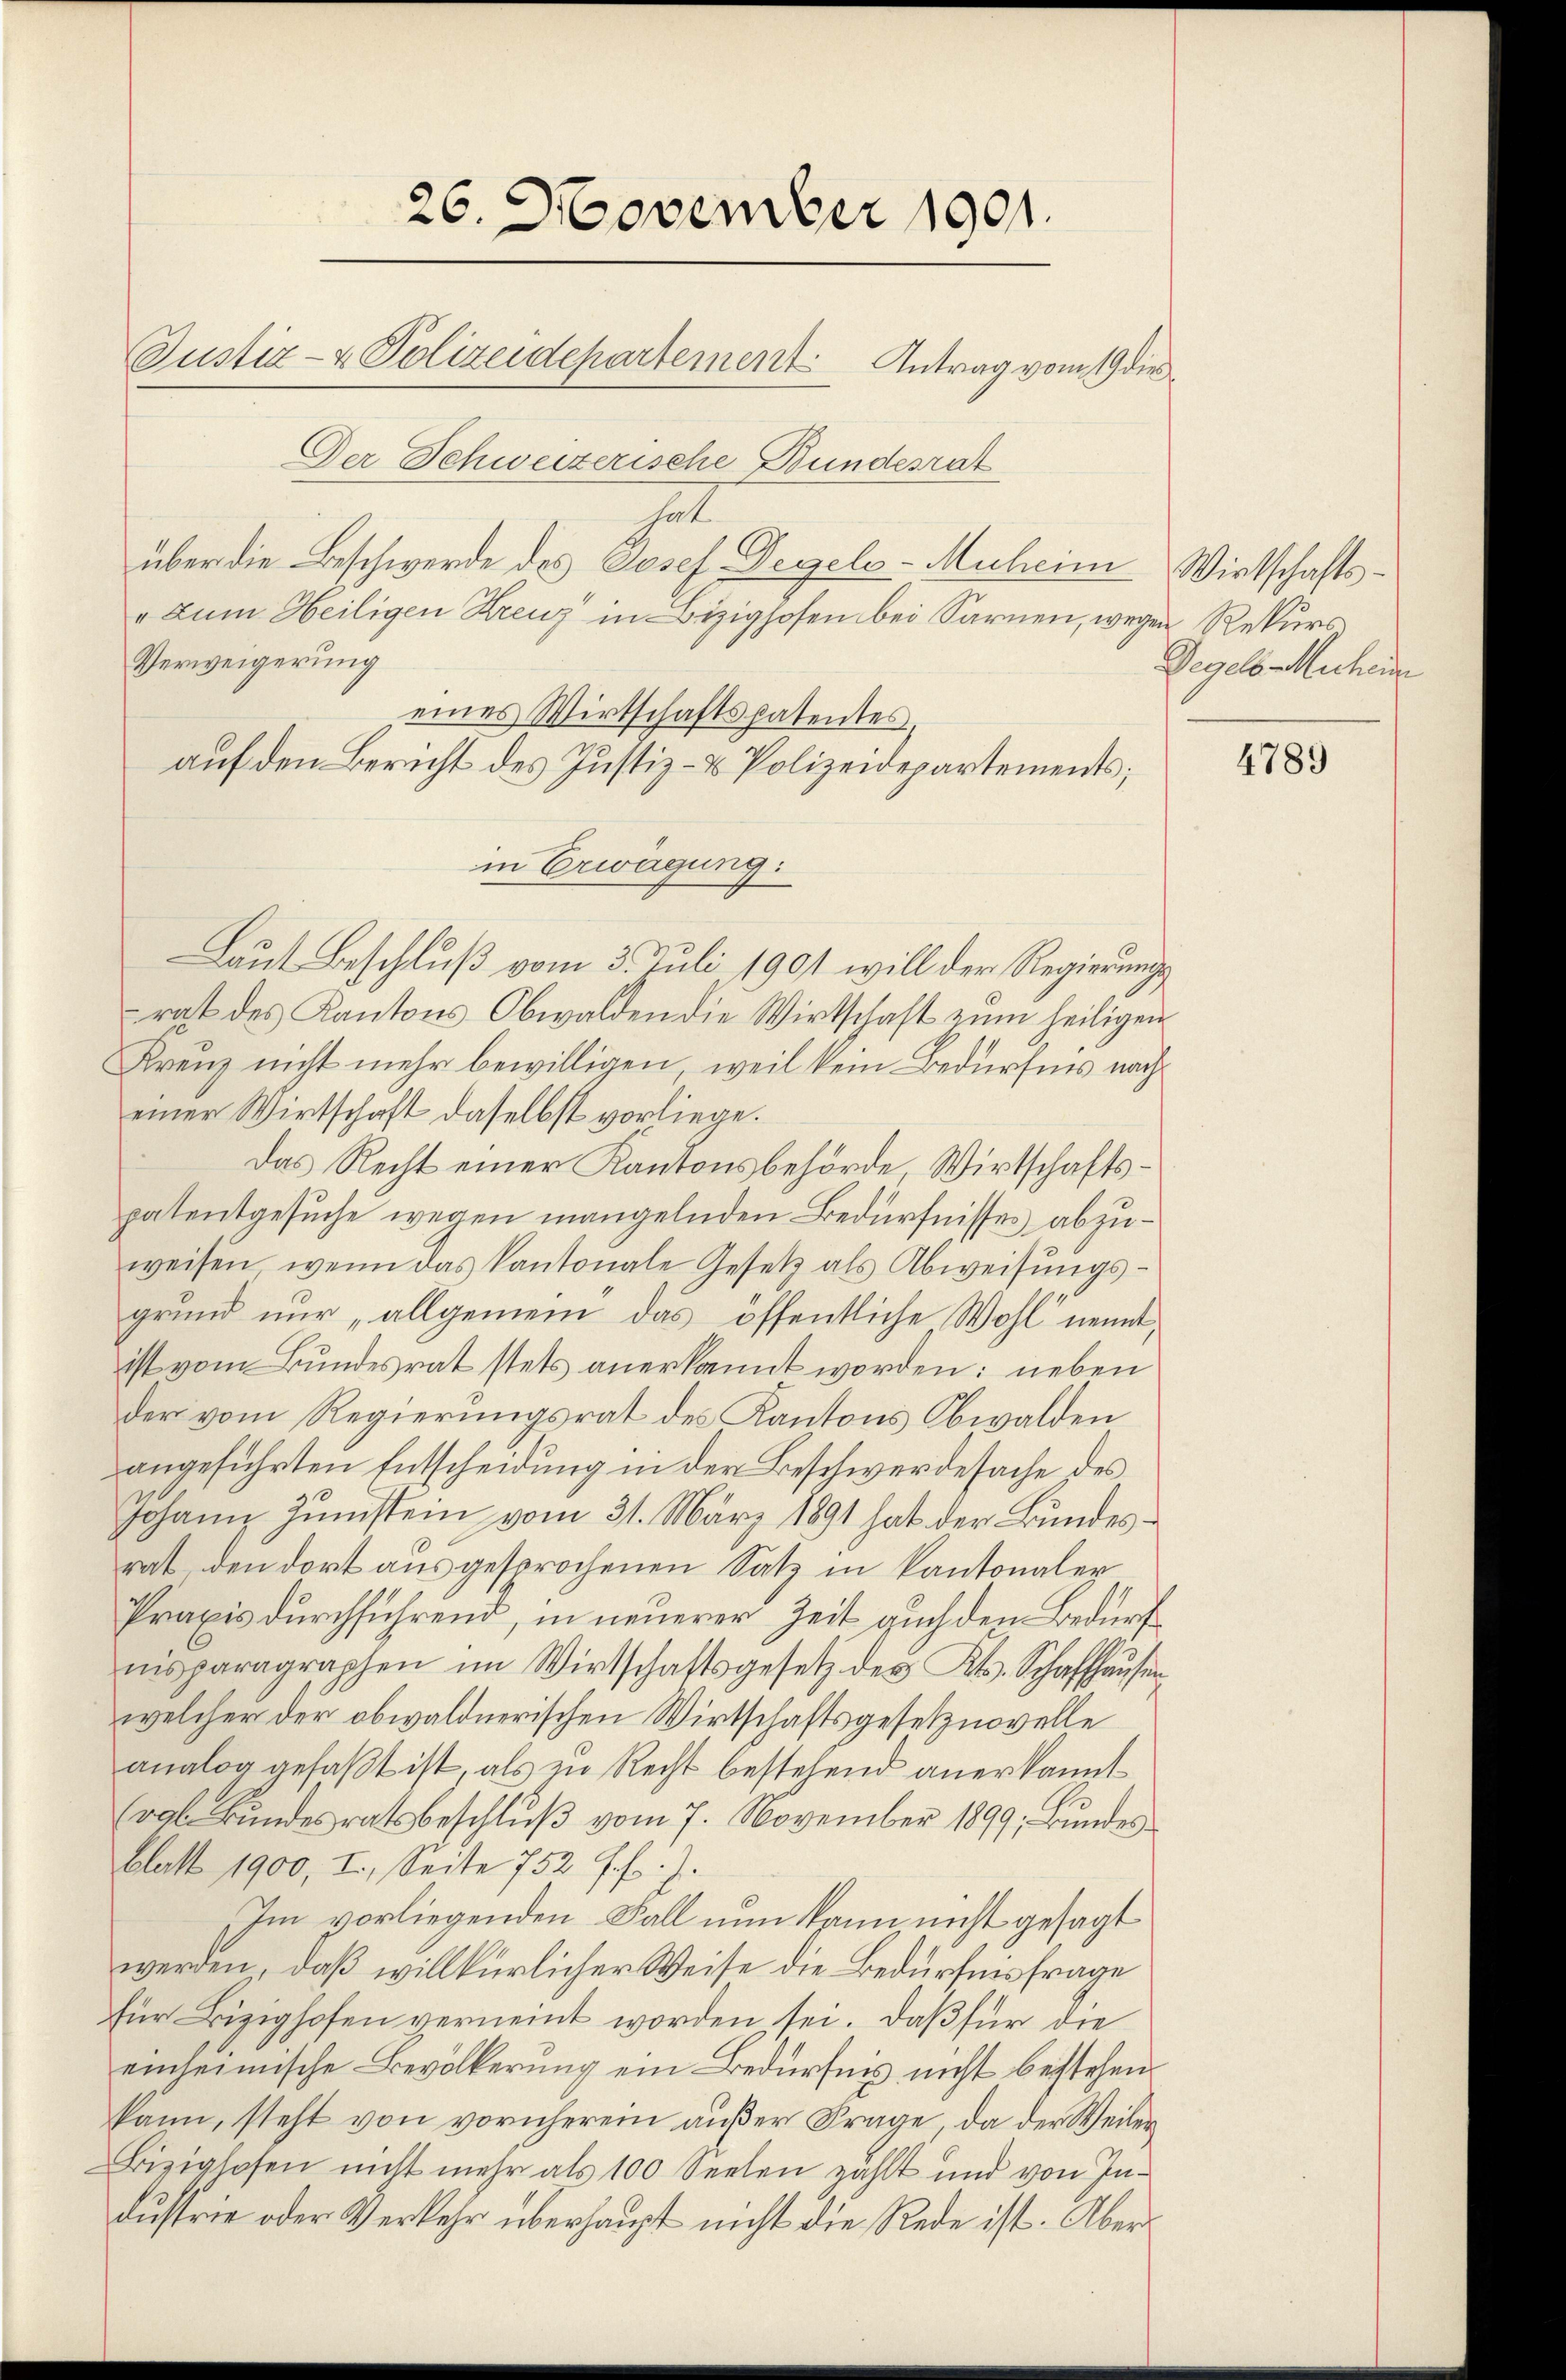
26. November 1901.
Justiz- & Polizeidepartement. Antrag vom 19 die
Der Schweizerische Bundesrat

.
über die Beschwerde des Josef Degels-Muheim Wirtschafts¬
" zum Heiligen Kreuz in Bizighofen bei Sarnen, wegen Rekurs
Verweigerung
eines Wirtschaftspatentes,
auf den Bericht des Justiz- & Polizeidepartements;
in Erwägung:
Laut Beschluß vom 3. Juli 1901 will der Regierungsrat des Kantons Obwalden die Wirtschaft zum heiligen
Kreuz nicht mehr bewilligen, weil kein Bedürfnis nacheiner Wirtschaft daselbst vorliege.
Das Recht einer Kantonsbehörde, Wirtschaftspatentgesuche wegen mangelnden Bedürfnisses abzuweisen, wenn das Kantonale Gesetz als Abweisŭngs-
grund nur „allgemein das öffentliche Wohl nennt,
ist vom Bundesrat stets anerkannt worden: neben
der vom Regierungsrat des Kantons Obwalden
angeführten Entscheidung in der Beschwerdesache des
Johann Junstein vom 31. März 1891 hat der Bundesrat den dort ausgesprochenen Satz in Kantonaler
Praxis durchführend, in neuerer Zeit auch den Bedürfnisparagraphen im Wirtschaftsgesetz des Kts. Schaffhausen
welcher der obwaldnerischen Wirtschaftsgesetznovelle
analog gefaßt ist, als in Recht bestehend anerkannt
(vgl. Bundesratsbeschluß vom 7. November 1899, Bundes
Blatt 1900, I., Seite 752 f. f.).
Im vorliegenden Fall nun kann nicht gesagt
werden, daß willkürlicher Weise die Bedürfnis frage
für Bizighofen verneint worden sei. Daß für die
einheimische Bevölkerung ein Bedürfnis nicht bestehen
kann, steht von vornherein außer Frage, da der Weiler
Biziglosen nicht mehr als 100 Seelen zahlt und von In-
dustrie oder Verkehr überhaupt nicht die Rede ist. Über¬

Vegels auchen

4789